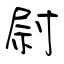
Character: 尉